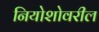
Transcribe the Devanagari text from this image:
नियोशोवरील